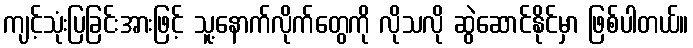
ကျင့်သုံးပြခြင်းအားဖြင့် သူ့နောက်လိုက်တွေကို လိုသလို ဆွဲဆောင်နိုင်မှာ ဖြစ်ပါတယ်။